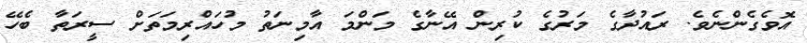
އޮވެގެންނެވެ. ރައުދާގެ މަރުގެ ކުރިން އޭނާގެ މަންމަ އާމިނަތު މުހައްރިމަތަށް ސީރަތާ ބެހޭ